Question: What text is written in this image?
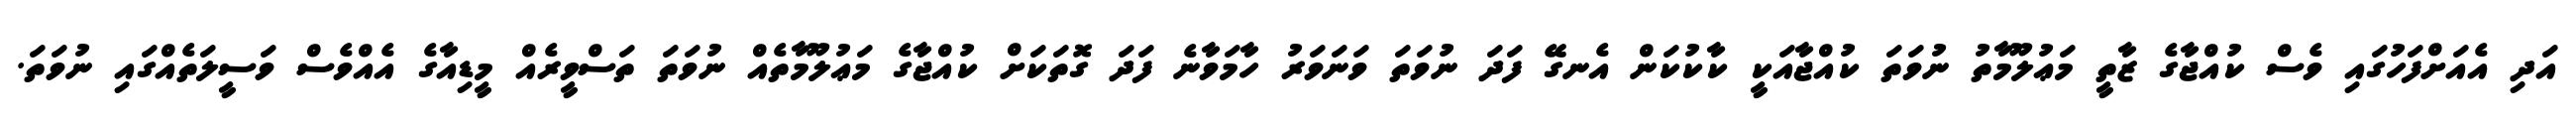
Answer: އަދި އެއަށްފަހުގައި ވެސް ކުއްޖާގެ ޒާތީ މަޢުލޫމާތު ނުވަތަ ކުއްޖާއަކީ ކާކުކަން އެނގޭ ފަދަ ނުވަތަ ވަނަވަރު ހާމަވާނެ ފަދަ ގޮތަކަށް ކުއްޖާގެ މަޢުލޫމާތެއް ނުވަތަ ތަސްވީރެއް މީޑިއާގެ އެއްވެސް ވަސީލަތެއްގައި ނުވަތަ.